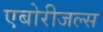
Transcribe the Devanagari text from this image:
एबोरीजल्स